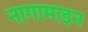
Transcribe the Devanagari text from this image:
नागामाइन